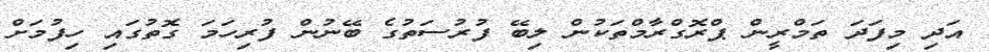
އަދި މިފަދަ ތަމްރީން ޕްރޮގްރާމްތަކުން ލިބޭ ފުރުސަތުގެ ބޭނުން ފުރިހަމަ ގޮތުގައި ހިފުމަށް